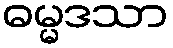
ဓမ္မဒသာ